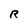
Character: R